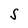
Character: S